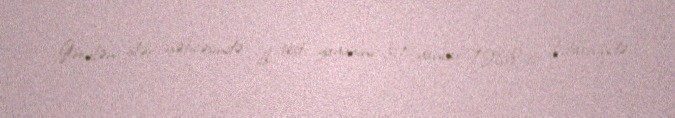
Görülən işlər nəticəsində ilk test yayımını 31 yanvar 1968-ci il tarixində